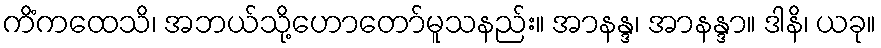
ကိံကထေသိ၊ အဘယ်သို့ဟောတော်မူသနည်း။ အာနန္ဒ၊ အာနန္ဒာ။ ဒါနိ၊ ယခု။